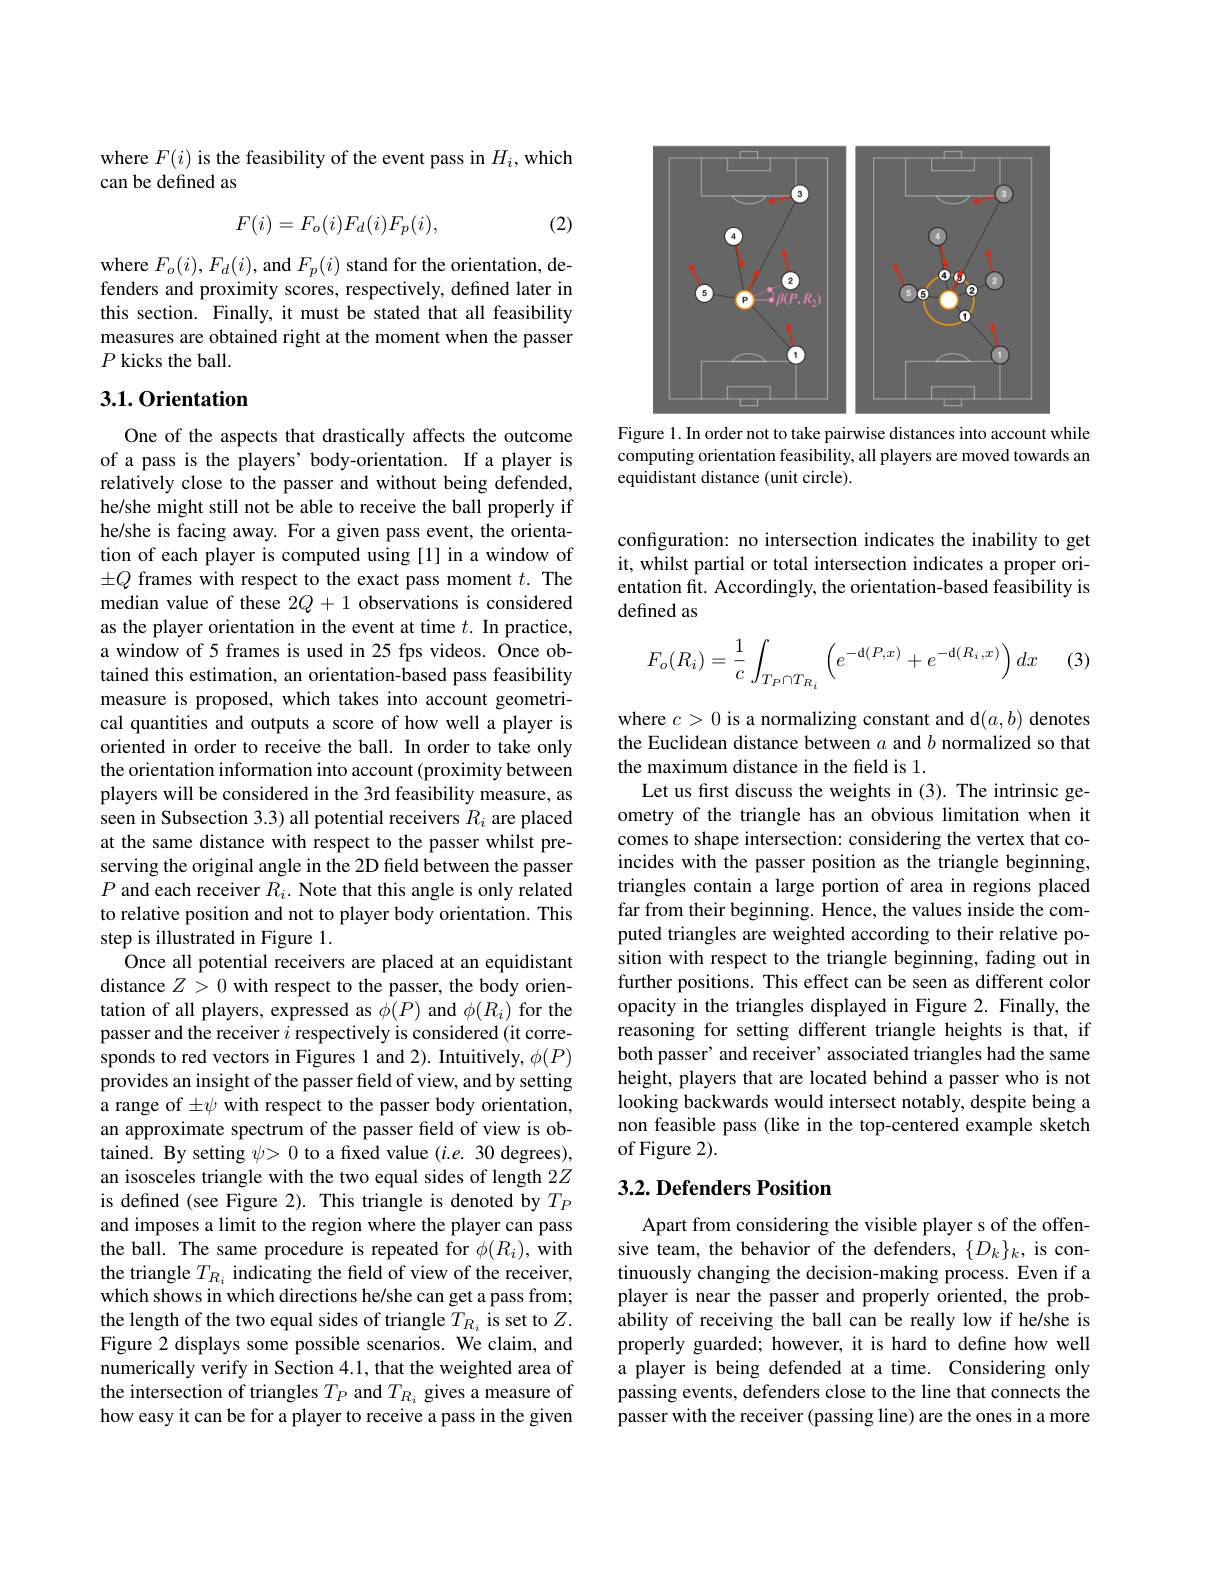
where $F(i)$ is the feasibility of the event pass in $H_i$,which
can be defined as

(2)
$$F(i)=F_o(i)F_d(i)F_p(i),$$
where $F_o(i),F_d(i)$, and $F_p(i)$ stand for the orientation, defenders and proximity scores, respectively, defined later in this section. Finally, it must be stated that all feasibility measures are obtained right at the moment when the passer $P$ kicks the ball.

## 3.1. Orientation

One of the aspects that drastically affects the outcome of a pass is the players' body-orientation. If a player is relatively close to the passer and without being defended, he/she might still not be able to receive the ball properly if he/she is facing away. For a given pass event, the orientation of each player is computed using [1] in a window of $\pm Q$ frames with respect to the exact pass moment $t.$ The median value of these 2Q + 1 observations is considered as the player orientation in the event at time $t.$ In practice, a window of 5 frames is used in 25 fps videos. Once obtained this estimation, an orientation-based pass feasibility measure is proposed, which takes into account geometrical quantities and outputs a score of how well a player is oriented in order to receive the ball. In order to take only the orientation information into account (proximity between players will be considered in the 3rd feasibility measure, as seen in Subsection 3.3) all potential receivers $R_i$ are placed at the same distance with respect to the passer whilst preserving the original angle in the 2D field between the passer $P$ and each receiver $R_i.$ Note that this angle is only related to relative position and not to player body orientation. This step is illustrated in Figure 1.
Once all potential receivers are placed at an equidistant distance $Z>0$ with respect to the passer, the body orientation of all players, expressed as $\phi(P)$ and $\phi(R_i)$ for the passer and the receiver $i$ respectively is considered (it corresponds to red vectors in Figures 1 and 2). Intuitively, $\phi(P)$ provides an insight of the passer field of view, and by setting a range of $\pm\psi$ with respect to the passer body orientation, an approximate spectrum of the passer field of view is obtained. By setting $\psi>0$ to a fixed value $(i.e.30$ degrees), an isosceles triangle with the two equal sides of length 2Z is defined (see Figure 2). This triangle is denoted by $T_P$ and imposes a limit to the region where the player can pass the ball. The same procedure is repeated for $\phi(R_{i})$, with the triangle $T_R_i$ indicating the field of view of the receiver, which shows in which directions he/she can get a pass from; the length of the two equal sides of triangle $\tilde{T}_{R_i}$ is set to $Z.$ Figure 2 displays some possible scenarios. We claim, and numerically verify in Section 4.1, that the weighted area of the intersection of triangles $T_P$ and $T_R_i$ gives a measure of how easy it can be for a player to receive a pass in the given

<FigureHere>

Figure 1. In order not to take pairwise distances into account while computing orientation feasibility, all players are moved towards an equidistant distance (unit circle).

configuration: no intersection indicates the inability to get it, whilst partial or total intersection indicates a proper orientation fit. Accordingly, the orientation-based feasibility is defined as

(3)
$$\begin{aligned}F_o(R_i)=\frac{1}{c}\int_{T_P\cap T_{R_i}}\left(e^{-\mathrm{d}(P,x)}+e^{-\mathrm{d}(R_i,x)}\right)dx\end{aligned}$$
where $c>0$ is a normalizing constant and d$(a,b)$ denotes the Euclidean distance between $a$ and $b$ normalized so that the maximum distance in the feld is 1.
Let us first discuss the weights in (3). The intrinsic geometry of the triangle has an obvious limitation when it comes to shape intersection: considering the vertex that coincides with the passer position as the triangle beginning, triangles contain a large portion of area in regions placed far from their beginning. Hence, the values inside the computed triangles are weighted according to their relative position with respect to the triangle beginning, fading out in further positions. This effect can be seen as different color opacity in the triangles displayed in Figure 2. Finally, the reasoning for setting different triangle heights is that, if both passer' and receiver' associated triangles had the same height, players that are located behind a passer who is not looking backwards would intersect notably, despite being a non feasible pass (like in the top-centered example sketch of Figure 2).

## $3. 2. \textbf{Defenders Position}$

Apart from considering the visible player s of the offensive team, the behavior of the defenders, $\{D_k\}_k$, is continuously changing the decision-making process. Even if a player is near the passer and properly oriented, the probability of receiving the ball can be really low if he/she is properly guarded; however, it is hard to define how well a player is being defended at a time. Considering only passing events, defenders close to the line that connects the passer with the receiver (passing line) are the ones in a more